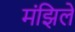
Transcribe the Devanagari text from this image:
मंझिलें